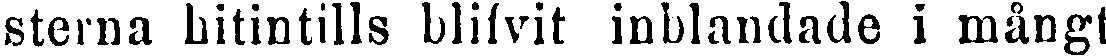
sterna hitintills blifvit inblandade i mångt